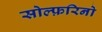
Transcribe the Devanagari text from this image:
सोल्फ़रिनो